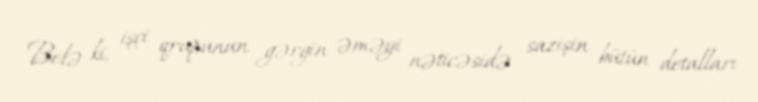
Belə ki, işçi qrupunun gərgin əməyi nəticəsidə sazişin bütün detalları